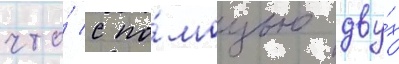
что́ с по́мощью дву́х